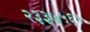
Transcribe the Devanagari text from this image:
२३३७५६५